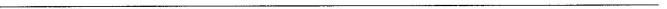
---